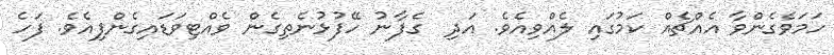
ހަމަވެގެންވާ އެއްޗެއް ކަމުގައި ލެއްވިއެވެ. އަދި  ގެފާނު ހޭފުޅުނެތިގެން ވެއްޓިވަޑައިގެންފިއެވެ. ފަހެ